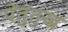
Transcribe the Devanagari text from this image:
पेंतुतुख